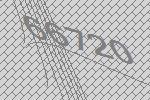
66720